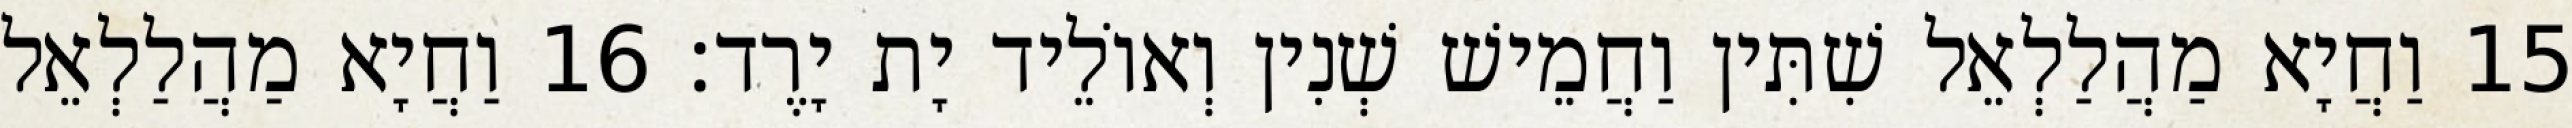
15 וַחֲיָא מַהֲלַלְאֵל שִׁתִּין וַחֲמֵישׁ שְׁנִין וְאוֹלֵיד יָת יָרֶד׃ 16 וַחֲיָא מַהֲלַלְאֵל